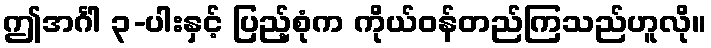
ဤအင်္ဂါ ၃-ပါးနှင့် ပြည့်စုံက ကိုယ်ဝန်တည်ကြသည်ဟူလို။